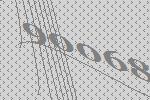
90068